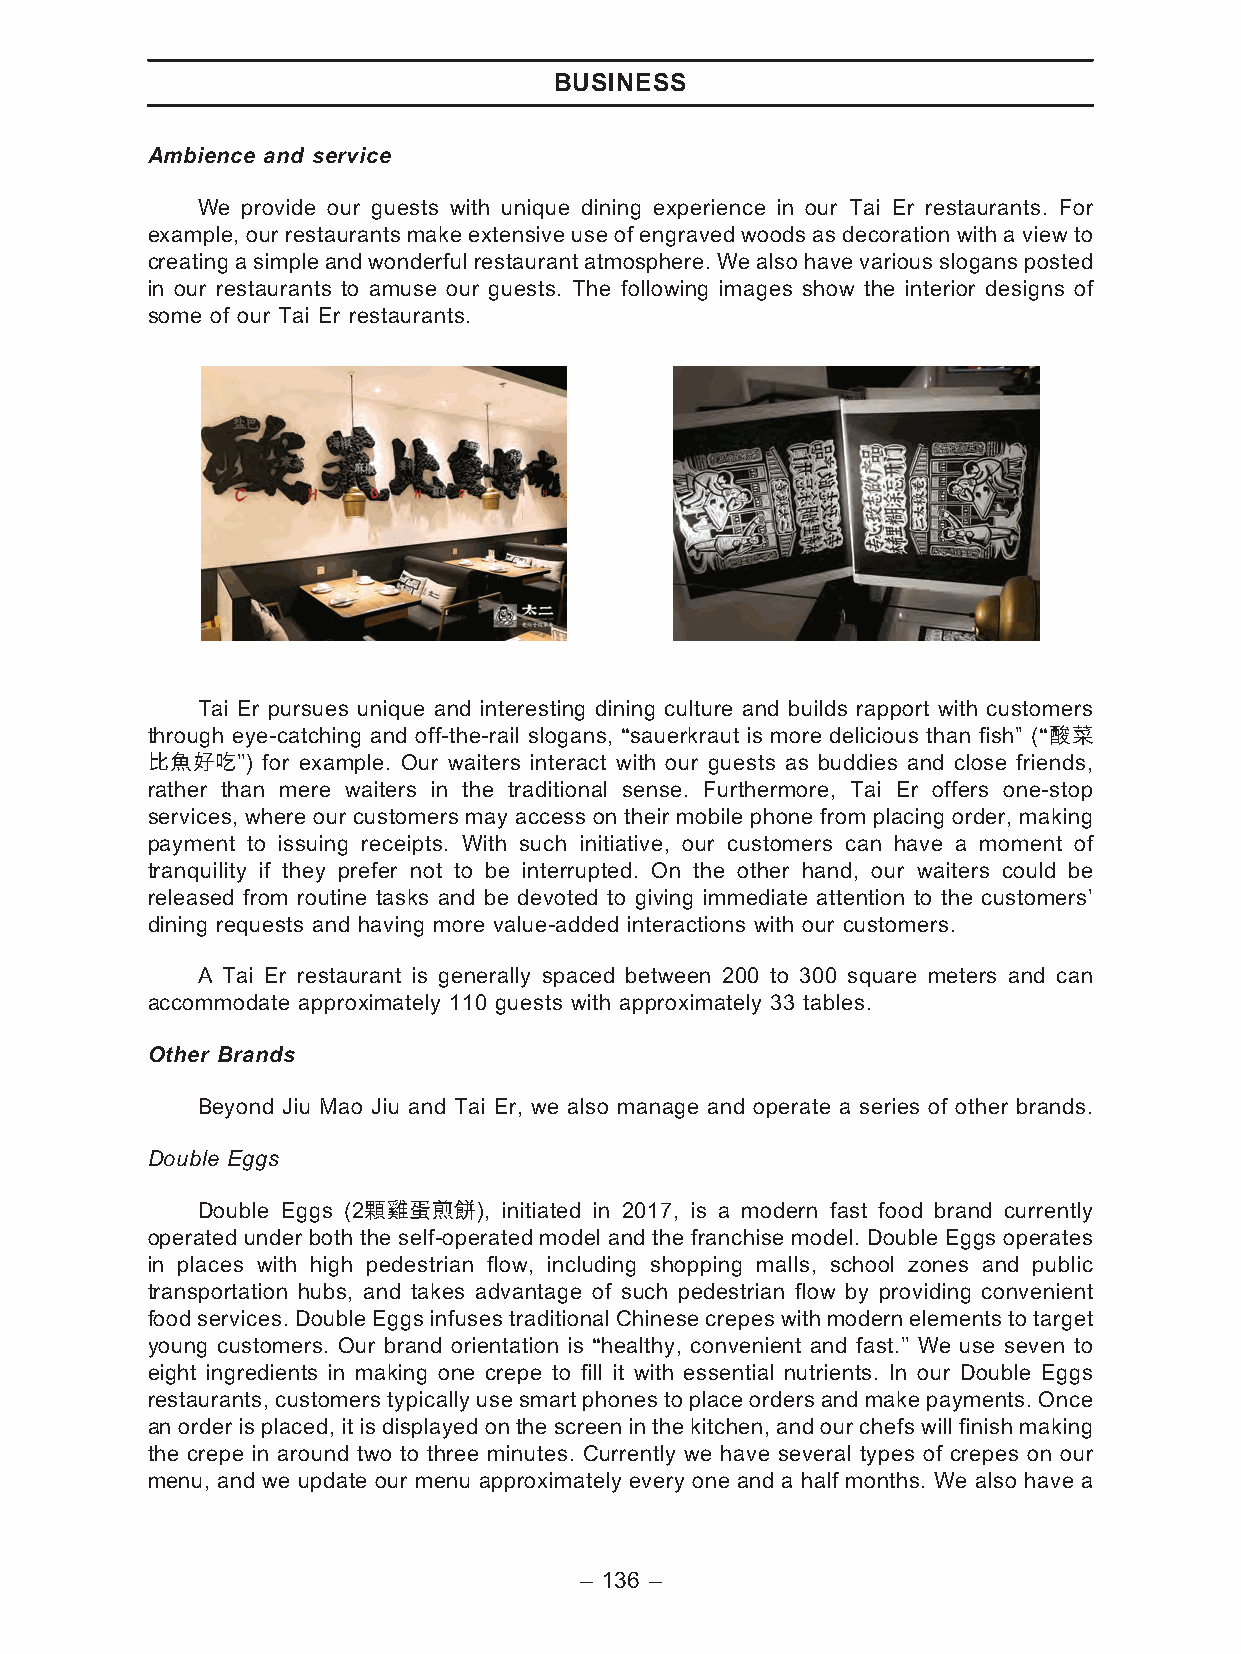
BUSINESS
 Ambience and service
 We provide our guests with unique dining experience in our Tai Er restaurants. For
 example, our restaurants make extensive use of engraved woods as decoration with a view to
 creatingasimpleandwonderfulrestaurantatmosphere.Wealsohavevariousslogansposted
 in our restaurants to amuse our guests. The following images show the interior designs of
 some of our Tai Er restaurants.
 Tai Er pursues unique and interesting dining culture and builds rapport with customers
 through eye-catching and off-the-rail slogans, ‘‘sauerkraut is more delicious than fish’’ (‘‘酸菜
 比魚好吃’’) for example. Our waiters interact with our guests as buddies and close friends,
 rather than mere waiters in the traditional sense. Furthermore, Tai Er offers one-stop
 services, where our customers may access on their mobile phone from placing order, making
 payment to issuing receipts. With such initiative, our customers can have a moment of
 tranquility if they prefer not to be interrupted. On the other hand, our waiters could be
 released from routine tasks and be devoted to giving immediate attention to the customers’
 dining requests and having more value-added interactions with our customers.
 A Tai Er restaurant is generally spaced between 200 to 300 square meters and can
 accommodate approximately 110 guests with approximately 33 tables.
 Other Brands
 Beyond Jiu Mao Jiu and Tai Er, we also manage and operate a series of other brands.
 Double Eggs
 Double Eggs (2顆雞蛋煎餅), initiated in 2017, is a modern fast food brand currently
 operated under both the self-operated model and the franchise model. Double Eggs operates
 in places with high pedestrian flow, including shopping malls, school zones and public
 transportation hubs, and takes advantage of such pedestrian flow by providing convenient
 foodservices. DoubleEggsinfusestraditionalChinese crepeswith modernelementstotarget
 young customers. Our brand orientation is ‘‘healthy, convenient and fast.’’ We use seven to
 eight ingredients in making one crepe to fill it with essential nutrients. In our Double Eggs
 restaurants, customers typically use smart phones to place orders and make payments. Once
 an order is placed, it is displayed on the screen in the kitchen, and our chefs will finish making
 the crepe in around two to three minutes. Currently we have several types of crepes on our
 menu, and we update our menu approximately every one and a half months. We also have a
 – 136 –